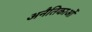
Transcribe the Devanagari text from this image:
अनैतिकाओं